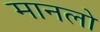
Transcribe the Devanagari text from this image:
मानलो